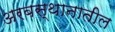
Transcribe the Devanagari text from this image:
अरबस्थानातील